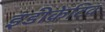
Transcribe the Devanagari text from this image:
इंडीकेटिव